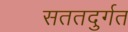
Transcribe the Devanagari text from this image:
सततदुर्गत